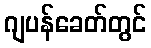
ဂျပန်ခေတ်တွင်